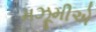
મઝૂમીએ